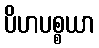
ပိဟပစ္စယာ